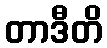
တာဒီတိ